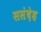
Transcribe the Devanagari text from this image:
ससंदेह